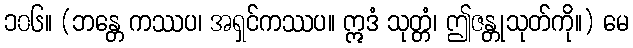
၁၀၆။ (ဘန္တေ ကဿပ၊ အရှင်ကဿပ။ ဣဒံ သုတ္တံ၊ ဤဇန္တုသုတ်ကို။) မေ